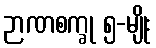
ဉာဏစက္ခု ၅-မျိုး